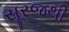
સૂરજથી